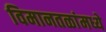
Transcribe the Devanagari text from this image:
विमानतळांमध्ये